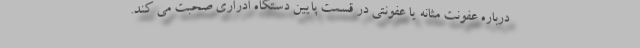
درباره عفونت مثانه یا عفونتی در قسمت پایین دستگاه ادراری صحبت می کند.